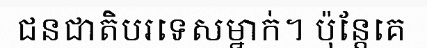
ជនជាតិបរទេសម្នាក់។ ប៉ុន្តែគេ